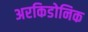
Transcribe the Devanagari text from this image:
अरकिडोनिक